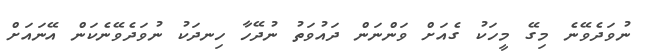
ނުވަދެވޭނެ މިގޭ މީހަކު ގެއަށް ވަންނަން ދައުވަތު ނުދޭހާ ހިނދަކު ނުވަދެވޭނެކަން އޭނައަށް